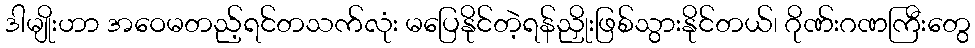
ဒါမျိုးဟာ အဝေမတည့်ရင်တသက်လုံး မပြေနိုင်တဲ့ရန်ညှိုးဖြစ်သွားနိုင်တယ်၊ ဂိုဏ်းဂဏကြီးတွေ